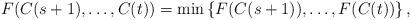
LaTeX: \begin{align*}F(C(s+1),\ldots,C(t)) = \min\left\{ F(C(s+1)),\ldots,F(C(t)) \right\},\end{align*}